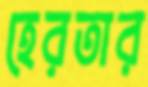
হেরতার